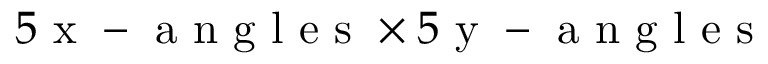
5 \mathrm { ~ x ~ - ~ a ~ n ~ g ~ l ~ e ~ s ~ } \times 5 \mathrm { ~ y ~ - ~ a ~ n ~ g ~ l ~ e ~ s ~ }